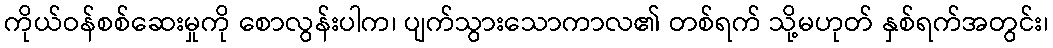
ကိုယ်ဝန်စစ်ဆေးမှုကို စောလွန်းပါက၊ ပျက်သွားသောကာလ၏ တစ်ရက် သို့မဟုတ် နှစ်ရက်အတွင်း၊